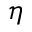
\eta